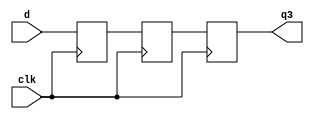
module pipe(
    q3,
    d,
    clk
);

input [7:0] d;
input clk;
output [7:0] q3;

reg [7:0] q3,q2,q1;

always @(posedge clk) begin

q1 <= d;
q2 <= q1;
q3 <= q2;
    
end

endmodule // 

module pipe2(
    q3,
    d,
    clk
);

input [7:0] d;
input clk;
output [7:0] q3;

reg [7:0] q3,q2,q1;

always @(posedge clk) q1 = d;  // 1
always @(posedge clk) q2 = q1; // 2
always @(posedge clk) q3 = q2; // 3


endmodule // pipe2

// pipe2  3-2-1 1-2-3 2-1-3    .
//     race problem  .